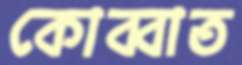
কোব্বাত